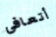
أتعافى